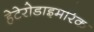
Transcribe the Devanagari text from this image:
हेटेरोडाइमरिक